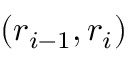
( r _ { i - 1 } , r _ { i } )